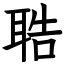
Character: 聕